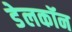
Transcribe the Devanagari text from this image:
डेलकॉन